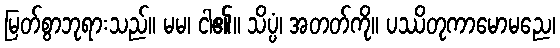
မြတ်စွာဘုရားသည်။ မမ၊ ငါ၏။ သိပ္ပံ၊ အတတ်ကို။ ပဿိတုကာမောမညေ၊